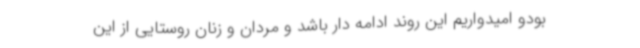
بودو امیدواریم این روند ادامه دار باشد و مردان و زنان روستایی از این